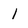
Character: 1